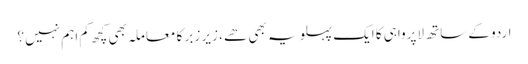
اردو کے ساتھ لاپرواہی کا ایک پہلو یہ بھی ھے ، زیر زبر کا معاملہ بھی کچھ کم اہم نہیں ؟